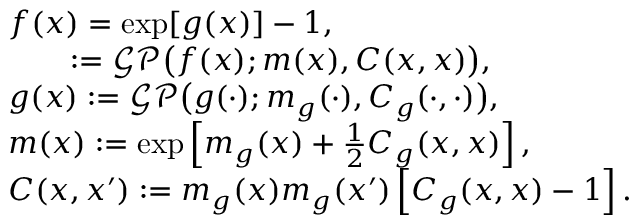
\begin{array} { r l } & { f ( x ) = \exp [ g ( x ) ] - 1 , } \\ & { \quad \quad : = \mathcal { G P } \big ( f ( x ) ; m ( x ) , C ( x , x ) \big ) , } \\ & { g ( x ) : = \mathcal { G P } \big ( g ( \cdot ) ; m _ { g } ( \cdot ) , C _ { g } ( \cdot , \cdot ) \big ) , } \\ & { m ( x ) : = \exp \left[ m _ { g } ( x ) + \frac { 1 } { 2 } C _ { g } ( x , x ) \right] , } \\ & { C ( x , x ^ { \prime } ) : = m _ { g } ( x ) m _ { g } ( x ^ { \prime } ) \left[ C _ { g } ( x , x ) - 1 \right] . } \end{array}